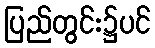
ပြည်တွင်း၌ပင်